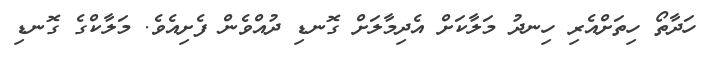
ހަދާތޯ ހިތަށްއެރި ހިނދު މަލާކަށް އެދިމާލަށް ގޮނޑި ދުއްވެން ފެށިއެވެ. މަލާކްގެ ގޮނޑި